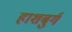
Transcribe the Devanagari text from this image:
हाशबुर्ग